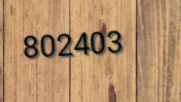
802403